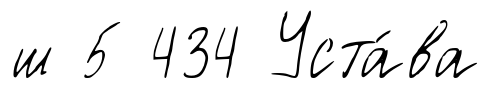
ш 5 434 Уста́ва